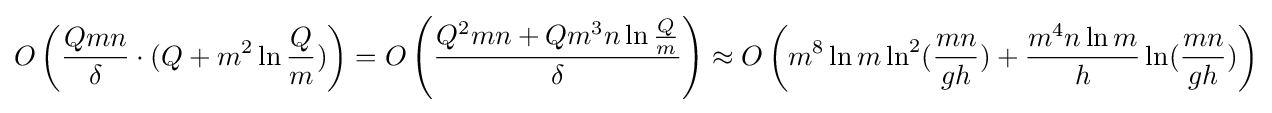
O\left({\frac {Qmn}{\delta }}\cdot (Q+m^{2}\ln {\frac {Q}{m}})\right)=O\left({\frac {Q^{2}mn+Qm^{3}n\ln {\frac {Q}{m}}}{\delta }}\right)\approx O\left(m^{8}\ln {m}\ln ^{2}({\frac {mn}{gh}})+{\frac {m^{4}n\ln {m}}{h}}\ln({\frac {mn}{gh}})\right)